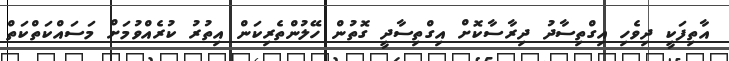
އާތިފަކީ ދިވެހި އިގްތިސާދު ދިރާސާކޮށް އިގްތިސާދީ ގޮތުން ހޭލުންތެރިކަން އިތުރު ކުރެއްވުމަށް މަސައްކަތްކަތް